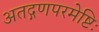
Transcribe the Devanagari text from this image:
अतद्गणपरमेष्टिः